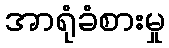
အာရုံခံစားမှု